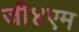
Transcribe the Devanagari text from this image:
जी४एम